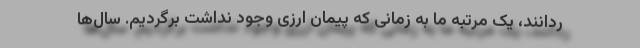
ردانند، یک مرتبه ما به زمانی که پیمان ارزی وجود نداشت برگردیم. سال‌ها